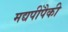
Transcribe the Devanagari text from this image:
मद्यपींपैकी